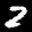
Label: 2